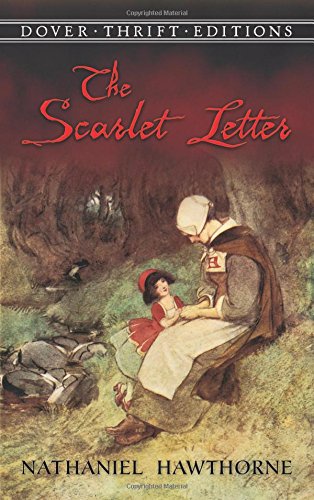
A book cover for The Scarlet Letter (Dover Thrift Editions); Nathaniel Hawthorne; Literature & Fiction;